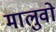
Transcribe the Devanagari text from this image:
मालुवो